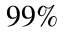
9 9 \%